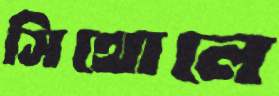
সিথোলে